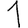
Digit: 1